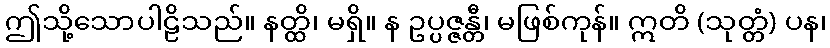
ဤသို့သောပါဠိသည်။ နတ္ထိ၊ မရှိ။ န ဥပ္ပဇ္ဇန္တီ၊ မဖြစ်ကုန်။ ဣတိ (သုတ္တံ) ပန၊